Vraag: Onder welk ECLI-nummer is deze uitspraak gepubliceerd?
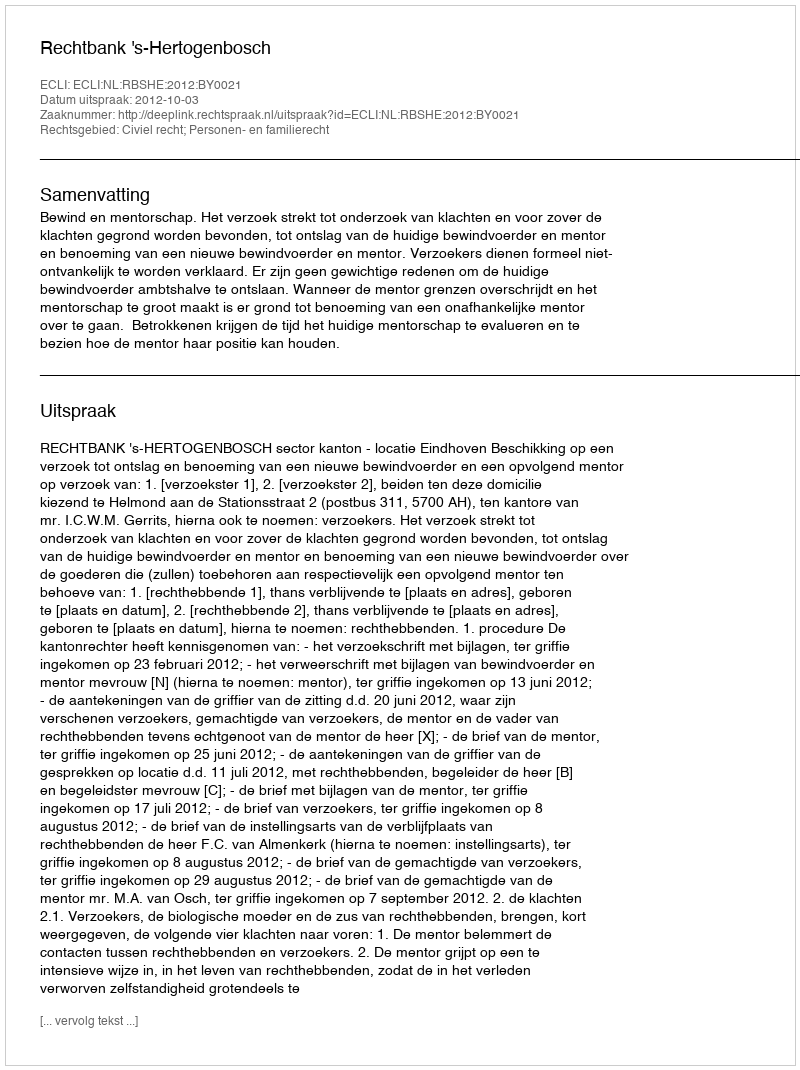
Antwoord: ECLI:NL:RBSHE:2012:BY0021